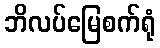
ဘိလပ်မြေစက်ရုံ